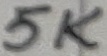
Text: 5K